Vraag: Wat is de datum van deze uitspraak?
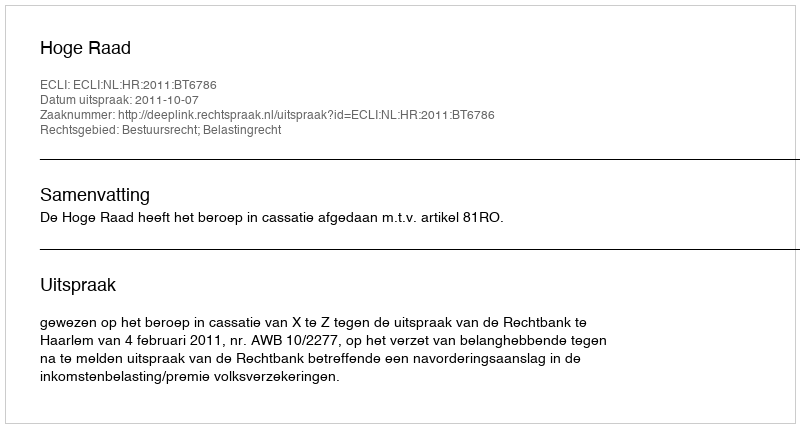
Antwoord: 2011-10-07